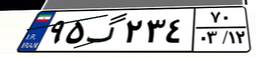
۹۵گ۲۳۴۷۰